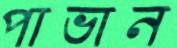
পাভান